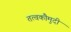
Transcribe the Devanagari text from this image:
तत्‍वकौमुदी